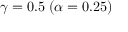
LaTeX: \gamma = 0 . 5 \; ( \alpha = 0 . 2 5 )